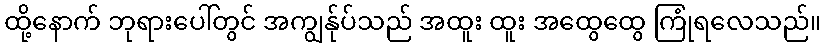
ထို့နောက် ဘုရားပေါ်တွင် အကျွန်ုပ်သည် အထူး ထူး အထွေထွေ ကြုံရလေသည်။